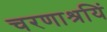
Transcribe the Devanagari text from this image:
चरणाश्रयिं